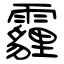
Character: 霾